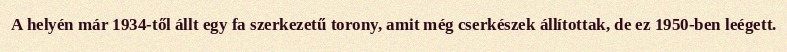
A helyén már 1934-től állt egy fa szerkezetű torony, amit még cserkészek állítottak, de ez 1950-ben leégett.